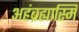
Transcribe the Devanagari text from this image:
अहंब्रह्यास्मि